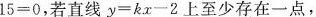
1 5 = 0$$，若直线$$y = k x - 2$$上至少存在一点，